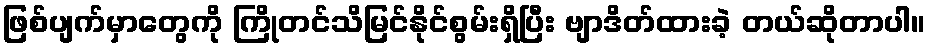
ဖြစ်ပျက်မှာတွေကို ကြိုတင်သိမြင်နိုင်စွမ်းရှိပြီး ဗျာဒိတ်ထားခဲ့ တယ်ဆိုတာပါ။